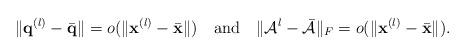
LaTeX: \begin{align*}\|{\bf q}^{(l)}-\bar {\bf q}\|=o(\|{\bf x}^{(l)}-\bar {\bf x}\|)~~~{\rm and}~~~\|\mathcal{A}^l-\bar{\mathcal{A}}\|_F=o(\|{\bf x}^{(l)}-\bar {\bf x}\|).\end{align*}